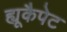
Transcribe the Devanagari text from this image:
ह्यूकैपेट